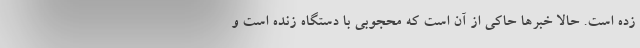
زده است. حالا خبرها حاکی از آن است که محجوبی با دستگاه زنده است و